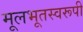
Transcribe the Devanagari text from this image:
मूलभूतस्वरूपी